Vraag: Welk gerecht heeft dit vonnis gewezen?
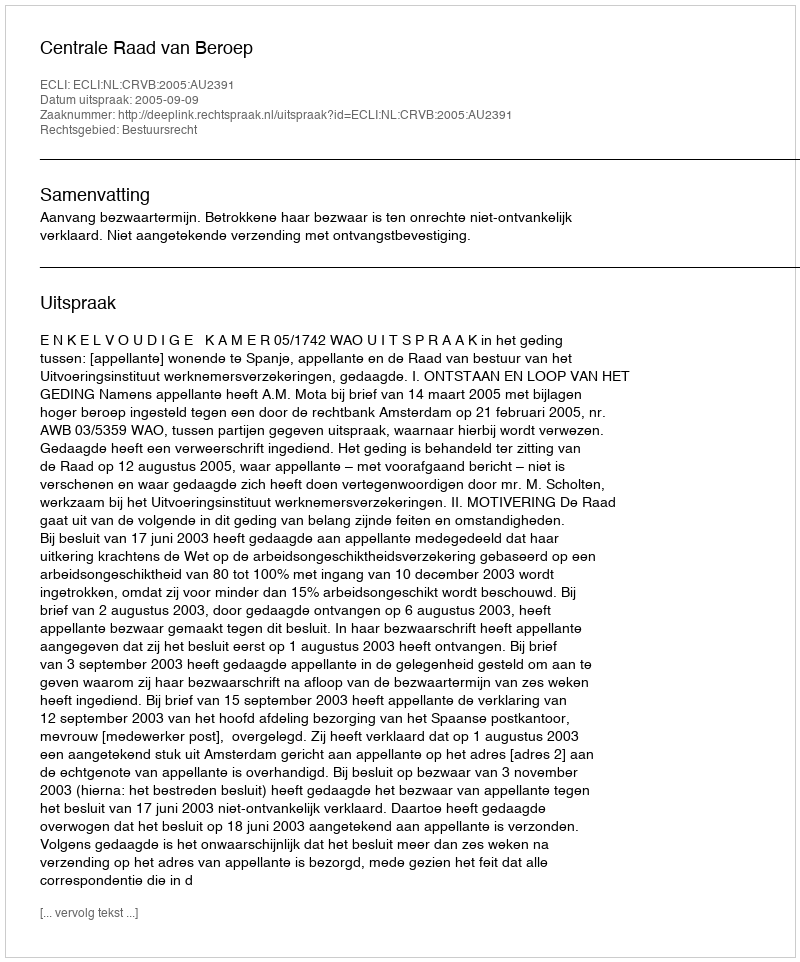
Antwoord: Centrale Raad van Beroep